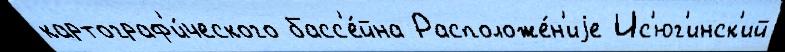
картограф'и́ческого басс'е́йна Расположе́н'иjе Ис'юг'инск'ий